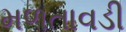
મળતાવડી